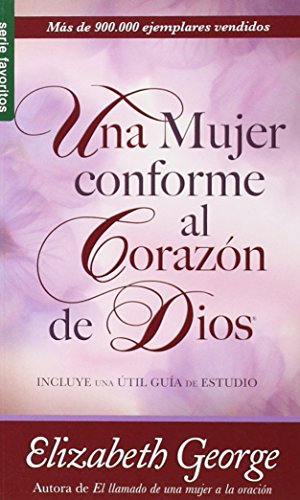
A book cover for Una Mujer Conforme al Corazon de Dios (Spanish Edition); Elizabeth George; Religion & Spirituality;